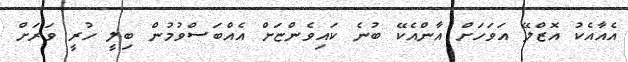
އެއާއެކު އޮޒްލޭ އަވަހަށް އާންއެކޭ ބުނެ ކައިވެންޏަށް އެއްބަސްވުމުން ބިލީ ހުރީ ވަރަށް